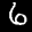
Label: 6